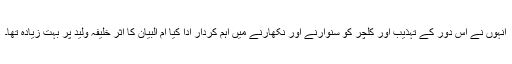
انہوں نے اس دور کے تہذیب اور کلچر کو سنوارنے اور نکھارنے میں اہم کردار ادا کیا ام البیان کا اثر خلیفہ ولید پر بہت زیادہ تھا۔